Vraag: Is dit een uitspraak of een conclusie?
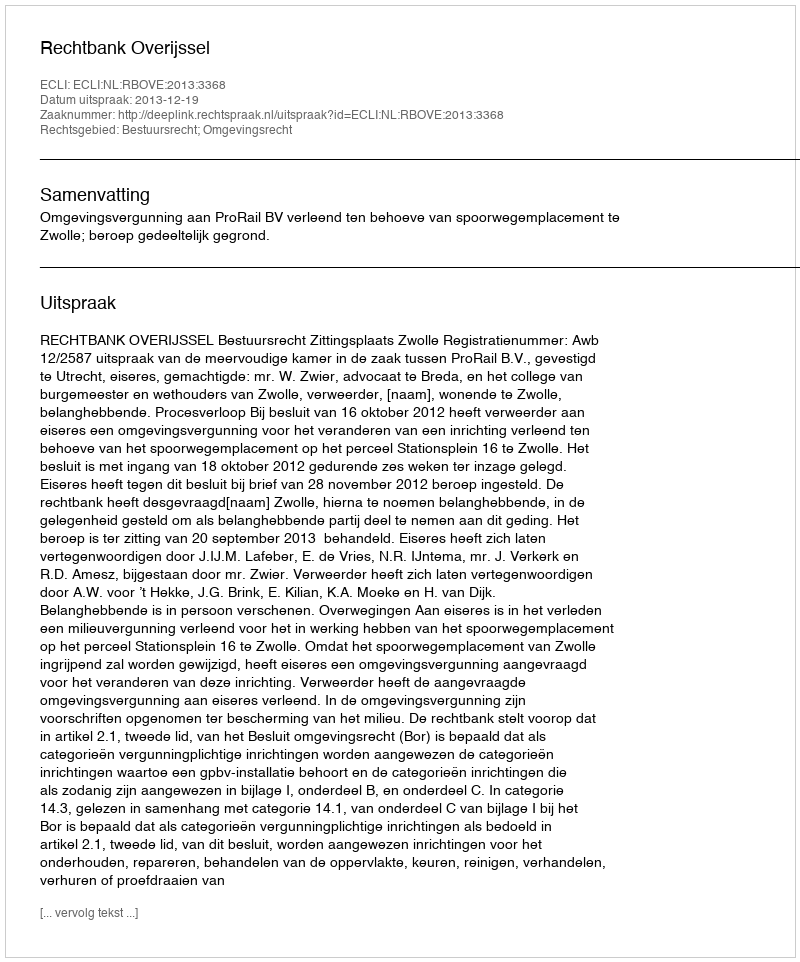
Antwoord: Uitspraak